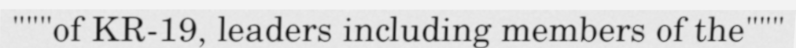
"""of KR-19, leaders including members of the"""